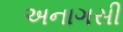
અનાગસી